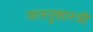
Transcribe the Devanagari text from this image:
वास्‍तुशास्‍त्री